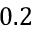
0 . 2